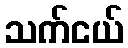
သက်ငယ်